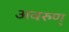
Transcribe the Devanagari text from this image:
अवरुण्